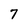
Character: 7